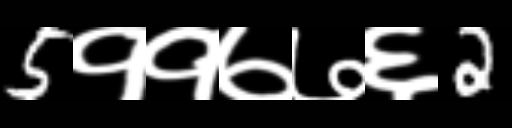
Text: 5११७७६2